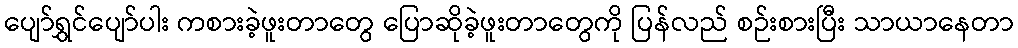
ပျော်ရွှင်ပျော်ပါး ကစားခဲ့ဖူးတာတွေ ပြောဆိုခဲ့ဖူးတာတွေကို ပြန်လည် စဉ်းစားပြီး သာယာနေတာ